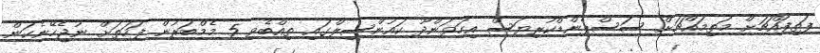
ފަތިފައްޗަށް މަތިމައްޗަށް ސަސްޕެންޑްކުރިޔަސް އިހަވަންދޫ ކައުންސިލްގައި ތިއްބެވި 5 މެމްބަރުން ފަހަތަށް ނުޖެހޭނެކަން